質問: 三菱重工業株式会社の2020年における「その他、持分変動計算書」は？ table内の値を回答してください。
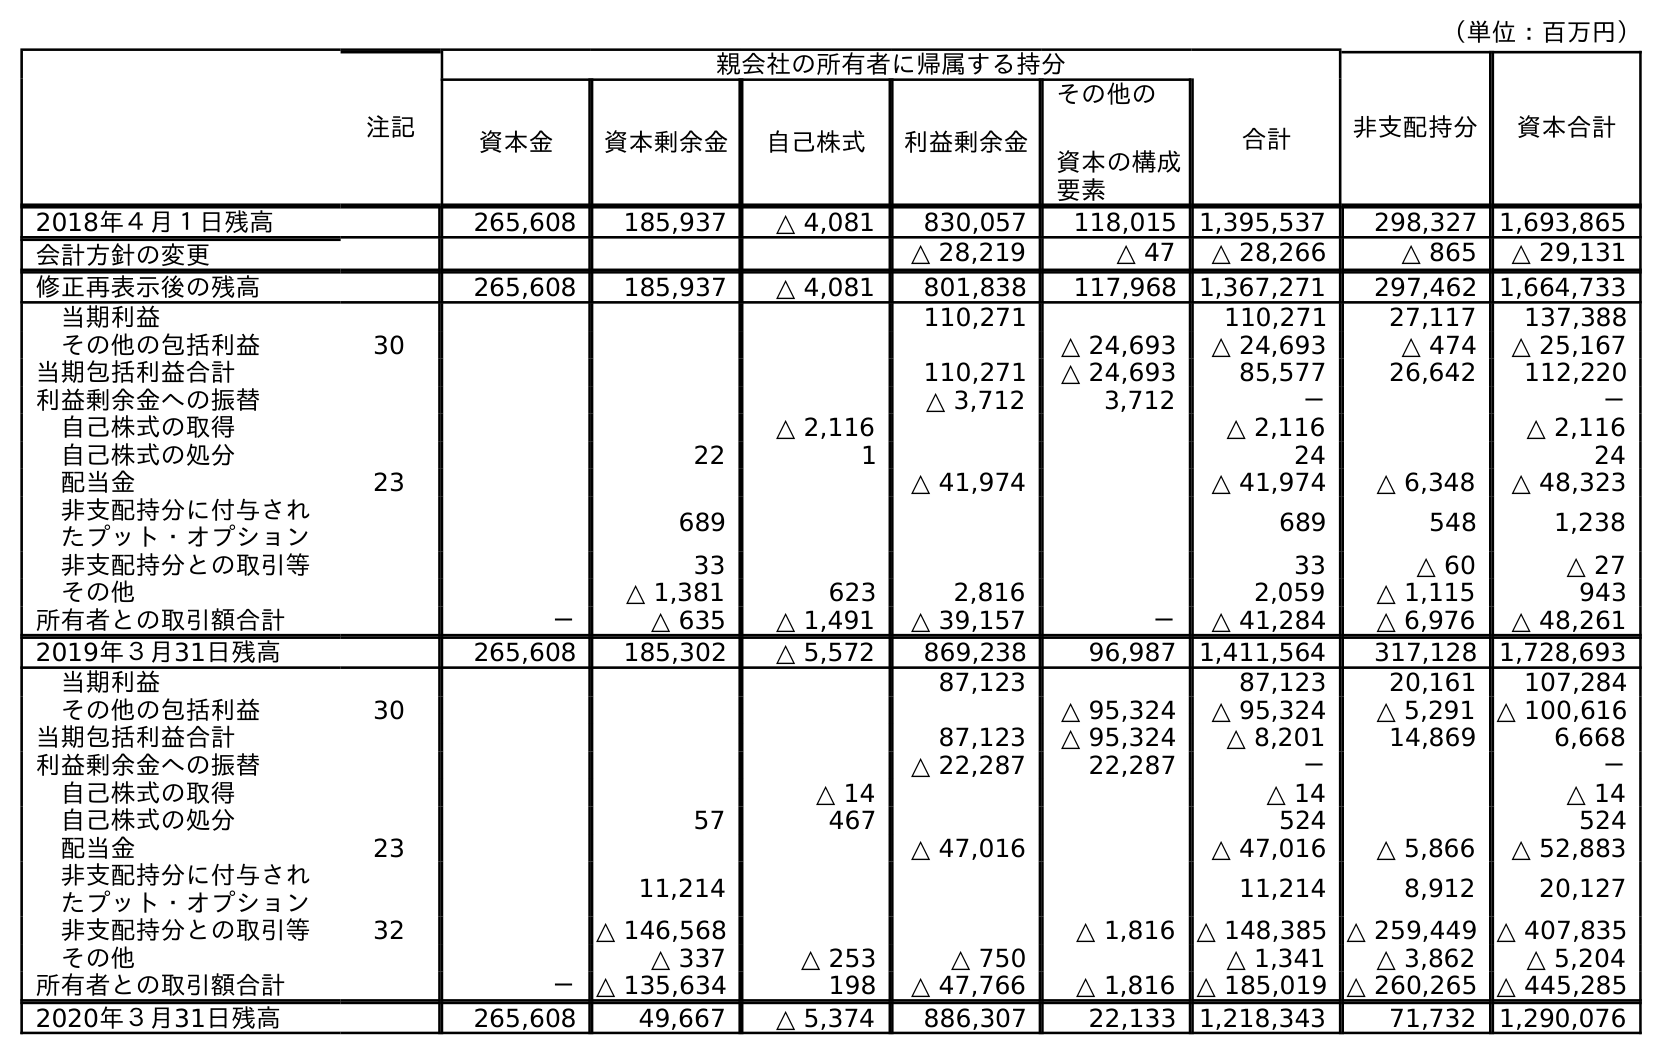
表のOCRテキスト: （単位：百万円） 注記 親会社の所有者に帰属する持分 非支配持分 資本合計 資本金 資本剰余金 自己株式 利益剰余金 その他の 資本の構成 要素 合計 2018年４月１日残高 265,608 185,937 △ 4,081 830,057 118,015 1,395,537 298,327 1,693,865 会計方針の変更 △ 28,219 △ 47 △ 28,266 △ 865 △ 29,131 修正再表示後の残高 265,608 185,937 △ 4,081 801,838 117,968 1,367,271 297,462 1,664,733 当期利益 110,271 110,271 27,117 137,388 その他の包括利益 30 △ 24,693 △ 24,693 △ 474 △ 25,167 当期包括利益合計 110,271 △ 24,693 85,577 26,642 112,220 利益剰余金への振替 △ 3,712 3,712 － － 自己株式の取得 △ 2,116 △ 2,116 △ 2,116 自己株式の処分 22 1 24 24 配当金 23 △ 41,974 △ 41,974 △ 6,348 △ 48,323 非支配持分に付与され たプット・オプション 689 689 548 1,238 非支配持分との取引等 33 33 △ 60 △ 27 その他 △ 1,381 623 2,816 2,059 △ 1,115 943 所有者との取引額合計 － △ 635 △ 1,491 △ 39,157 － △ 41,284 △ 6,976 △ 48,261 2019年３月31日残高 265,608 185,302 △ 5,572 869,238 96,987 1,411,564 317,128 1,728,693 当期利益 87,123 87,123 20,161 107,284 その他の包括利益 30 △ 95,324 △ 95,324 △ 5,291 △ 100,616 当期包括利益合計 87,123 △ 95,324 △ 8,201 14,869 6,668 利益剰余金への振替 △ 22,287 22,287 － － 自己株式の取得 △ 14 △ 14 △ 14 自己株式の処分 57 467 524 524 配当金 23 △ 47,016 △ 47,016 △ 5,866 △ 52,883 非支配持分に付与され たプット・オプション 11,214 11,214 8,912 20,127 非支配持分との取引等 32 △ 146,568 △ 1,816 △ 148,385 △ 259,449 △ 407,835 その他 △ 337 △ 253 △ 750 △ 1,341 △ 3,862 △ 5,204 所有者との取引額合計 － △ 135,634 198 △ 47,766 △ 1,816 △ 185,019 △ 260,265 △ 445,285 2020年３月31日残高 265,608 49,667 △ 5,374 886,307 22,133 1,218,343 71,732 1,290,076
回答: △5,204